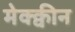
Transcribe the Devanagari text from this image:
मेक्क्वीन